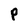
Character: P